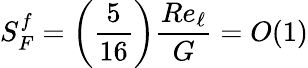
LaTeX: S_{F}^{f}=\left(\frac{5}{16}\right)\frac{Re_{\ell}}{G}=O(1)